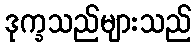
ဒုက္ခသည်များသည်